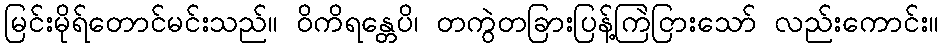
မြင်းမိုရ်တောင်မင်းသည်။ ဝိကိရန္တေပိ၊ တကွဲတခြားပြန့်ကြဲငြားသော် လည်းကောင်း။